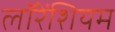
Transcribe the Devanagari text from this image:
लॉरेंशियम